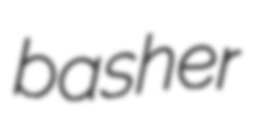
basher